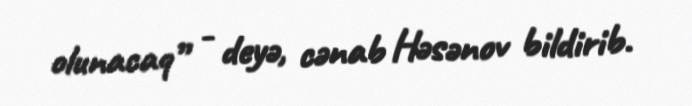
olunacaq” - deyə, cənab Həsənov bildirib.